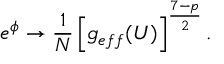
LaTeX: e ^ { \phi } \rightarrow \frac { 1 } { N } \left[ g _ { e f f } ( U ) \right] ^ { \frac { 7 - p } { 2 } } .